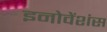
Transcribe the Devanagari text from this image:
इनोवेंशंस